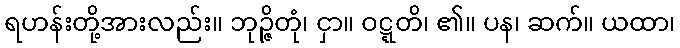
ရဟန်းတို့အားလည်း။ ဘုဉ္ဇိတုံ၊ ငှာ။ ဝဋ္ဋတိ၊ ၏။ ပန၊ ဆက်။ ယထာ၊